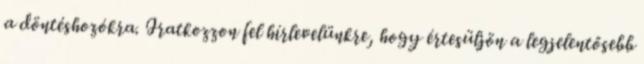
a döntéshozókra. Iratkozzon fel hírlevelünkre, hogy értesüljön a legjelentősebb